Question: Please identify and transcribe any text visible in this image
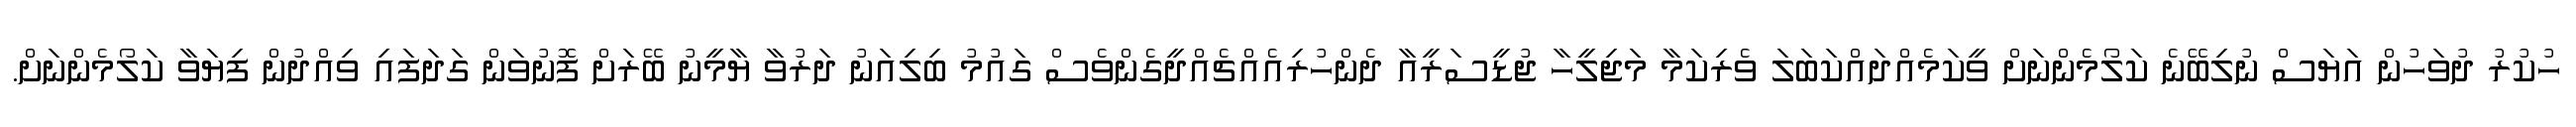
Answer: ހުކުރު ދުވަހުން އަޔަސް ނުލިބޭނެ ކަލޯމެންނަށް ވީކަމެއްދައްކަބަލަ ވެރިކަމާ މަޖިލީހާ ޖުޑީސަރީއާ ދެންހުރިއެއްޗެއްދީގެންވެސް ގައުމު ބިލިއަނު ދަރުވާ ޔާމީނު ބޭރަށް ފޮނުވަން ގަދަފައި ވިއްދުން ފިޔަވާ ކަލޯމެންނަށް.